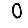
Digit: 0